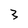
Character: 3